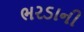
ભરડાની